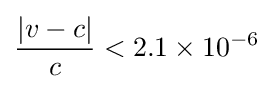
{\frac {|v-c|}{c}}<2.1\times 10^{-6}